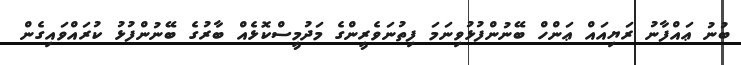
ބުނު ޢައްފާނު ރަޔިއައް ޢަންހް ބޭނުންފުޅުވިނަމަ ފިތުނަވެރީންގެ މަދުމީސްކޮޅެއް ބާރުގެ ބޭނުންފުޅު ކުރައްވައިގެން